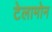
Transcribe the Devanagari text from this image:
टेलामोन